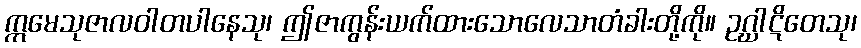
ဣမေသုဇာလဝါတပါနေသု၊ ဤဇာကွန်းယက်ထားသောလေသာတံခါးတို့ကို။ ဥဂ္ဃာဋိတေသု၊